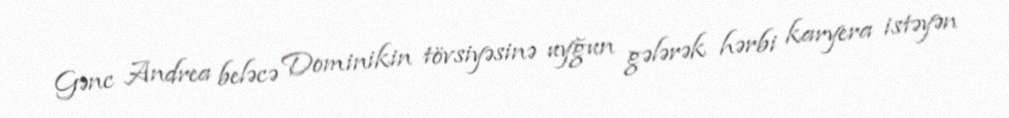
Gənc Andrea beləcə Dominikin tövsiyəsinə uyğun gələrək hərbi karyera istəyən